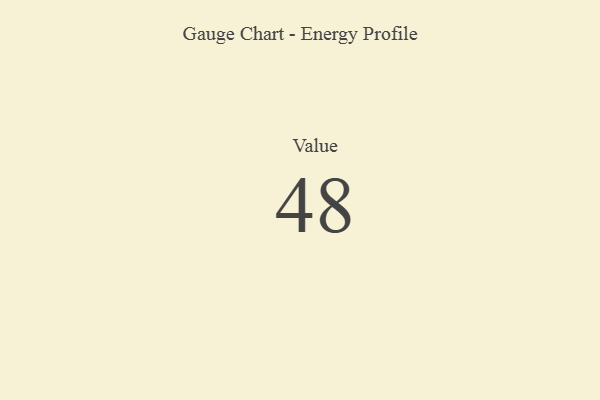
{"axis": {"x": "Metric", "y": "Value"}, "legend": [""], "data": [{"x": "Value", "y": 48, "type": ""}]}